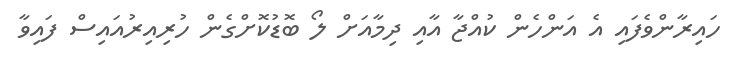
ހައިރާންވެފައި އެ އަންހެން ކުއްޖާ އާއި ދިމާއަށް ލޯ ބޮޑުކޮށްގެން ހުރިއިރުއައިސް ފައިވާ